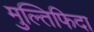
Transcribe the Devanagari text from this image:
मुल्तिफिदा